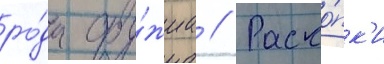
ро́да ору́жиа // Раско́пк'и